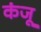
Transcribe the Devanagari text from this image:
कंजू